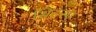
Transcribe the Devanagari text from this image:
सिटरम